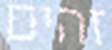
זהים